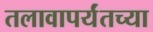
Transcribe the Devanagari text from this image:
तलावापर्यंतच्या